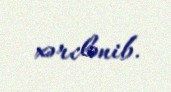
xərclənib.